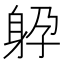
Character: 𨈯